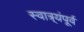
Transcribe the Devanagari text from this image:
स्वात्र्यंपूर्व